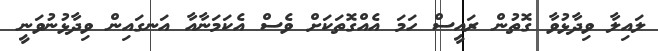
ލައިލާ ވިދާޅުވާ ގޮތުން ރައީސް ހަމަ އެއްގޮތަކަށް ވެސް އެކަމަނާއާ އަނގައިން ވިދާޅުނުވަނީ